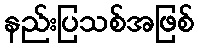
နည်းပြသစ်အဖြစ်